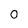
Character: 0